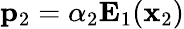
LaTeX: \mathbf{p}_{2}=\alpha_{2}\mathbf{E}_{1}(\mathbf{x}_{2})